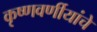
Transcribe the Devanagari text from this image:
कृष्णवर्णीयांचे